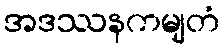
အဒဿနကမျတံ